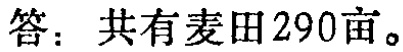
答：共有麦田290亩。